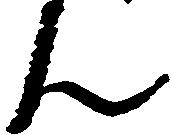
ん